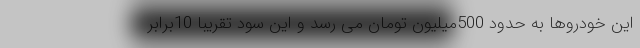
این خودروها به حدود 500میلیون تومان می رسد و این سود تقریبا 10برابر